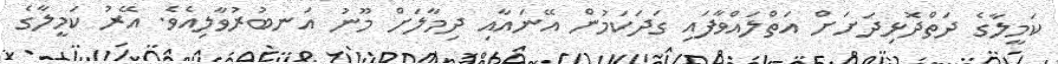
ކަމީލާގެ ދަތްދޮޅިދަށަށް އަތްލައްވާފައި ގަދަކަމުން އޭނައާއި ދިމާލަށް މޫނު އަނބުރުވާލިއެވެ. އޭރު ކަމީލާގެ